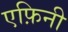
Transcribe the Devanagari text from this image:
एफ़िनी